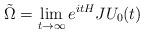
LaTeX: \begin{align*} \tilde{\Omega}=\lim\limits_{t\rightarrow\infty}e^{itH}JU_0(t)\end{align*}